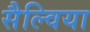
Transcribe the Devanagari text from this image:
सैल्विया